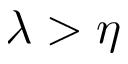
\lambda > \eta